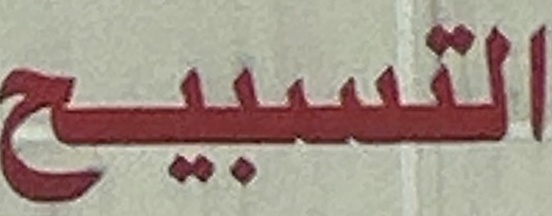
التسبيح